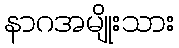
နာဂအမျိုးသား